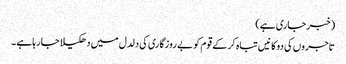
(خبر جاری ہے)
تاجروں کی دوکانیں تباہ کر کے قوم کو بے روزگاری کی دلدل میں دھکیلا جا رہاہے ۔